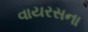
વાયરસના